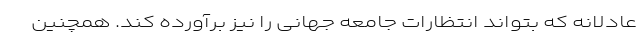
عادلانه که بتواند انتظارات جامعه جهانی را نیز برآورده کند. همچنین